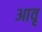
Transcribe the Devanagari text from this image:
आवृ